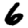
Digit: 6